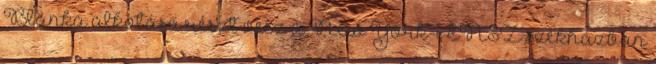
Blanka alkotása részt vesz a New York-i ENSZ székházban